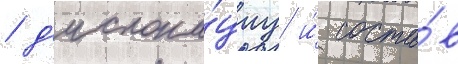
/ д'ислока́циу и́ соста́в